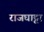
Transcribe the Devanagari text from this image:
राजघाट्टा